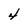
Character: 4